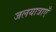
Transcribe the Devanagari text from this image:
जलयात्राएँ